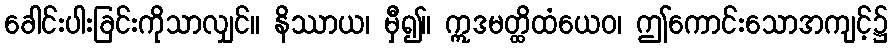
ခေါင်းပါးခြင်းကိုသာလျှင်။ နိဿာယ၊ မှီ၍။ ဣဒမတ္ထိထံယေဝ၊ ဤကောင်းသောအကျင့်၌